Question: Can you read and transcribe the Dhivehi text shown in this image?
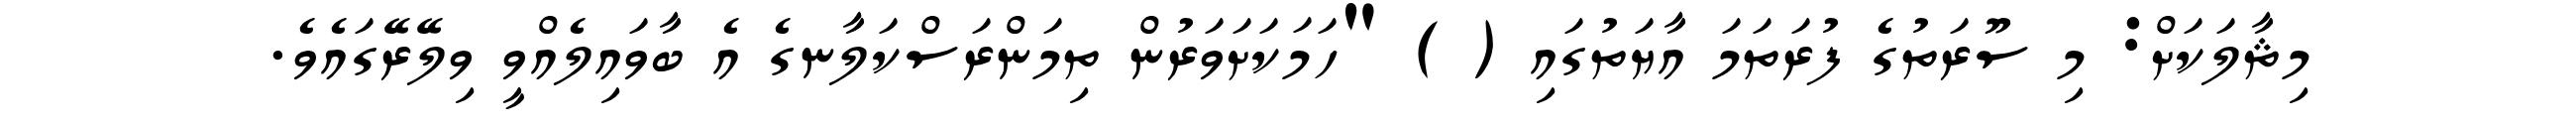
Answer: މިޘާލަކަށް: މި ސޫރަތުގެ ފުރަތަމަ އާޔަތުގައި ( ) "ހަމަކަށަވަރުން ތިމަންރަސްކަލާނގެ އެ ބާވައިލެއްވީ ވިލޭރޭގައެވެ.